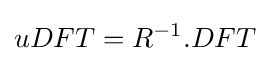
uDFT=R^{-1}.DFT